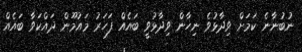
ނުބުނާނެ ކަމަށް ވިދާޅުވެ ނިހާން ވިދާޅުވީ ބައެއް ފަހަރު މައުމޫން ދައްކަވާ ބައެއް